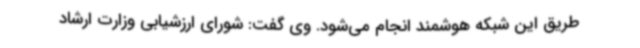
طریق این شبکه هوشمند انجام می‌شود. وی گفت: شورای ارزشیابی وزارت ارشاد